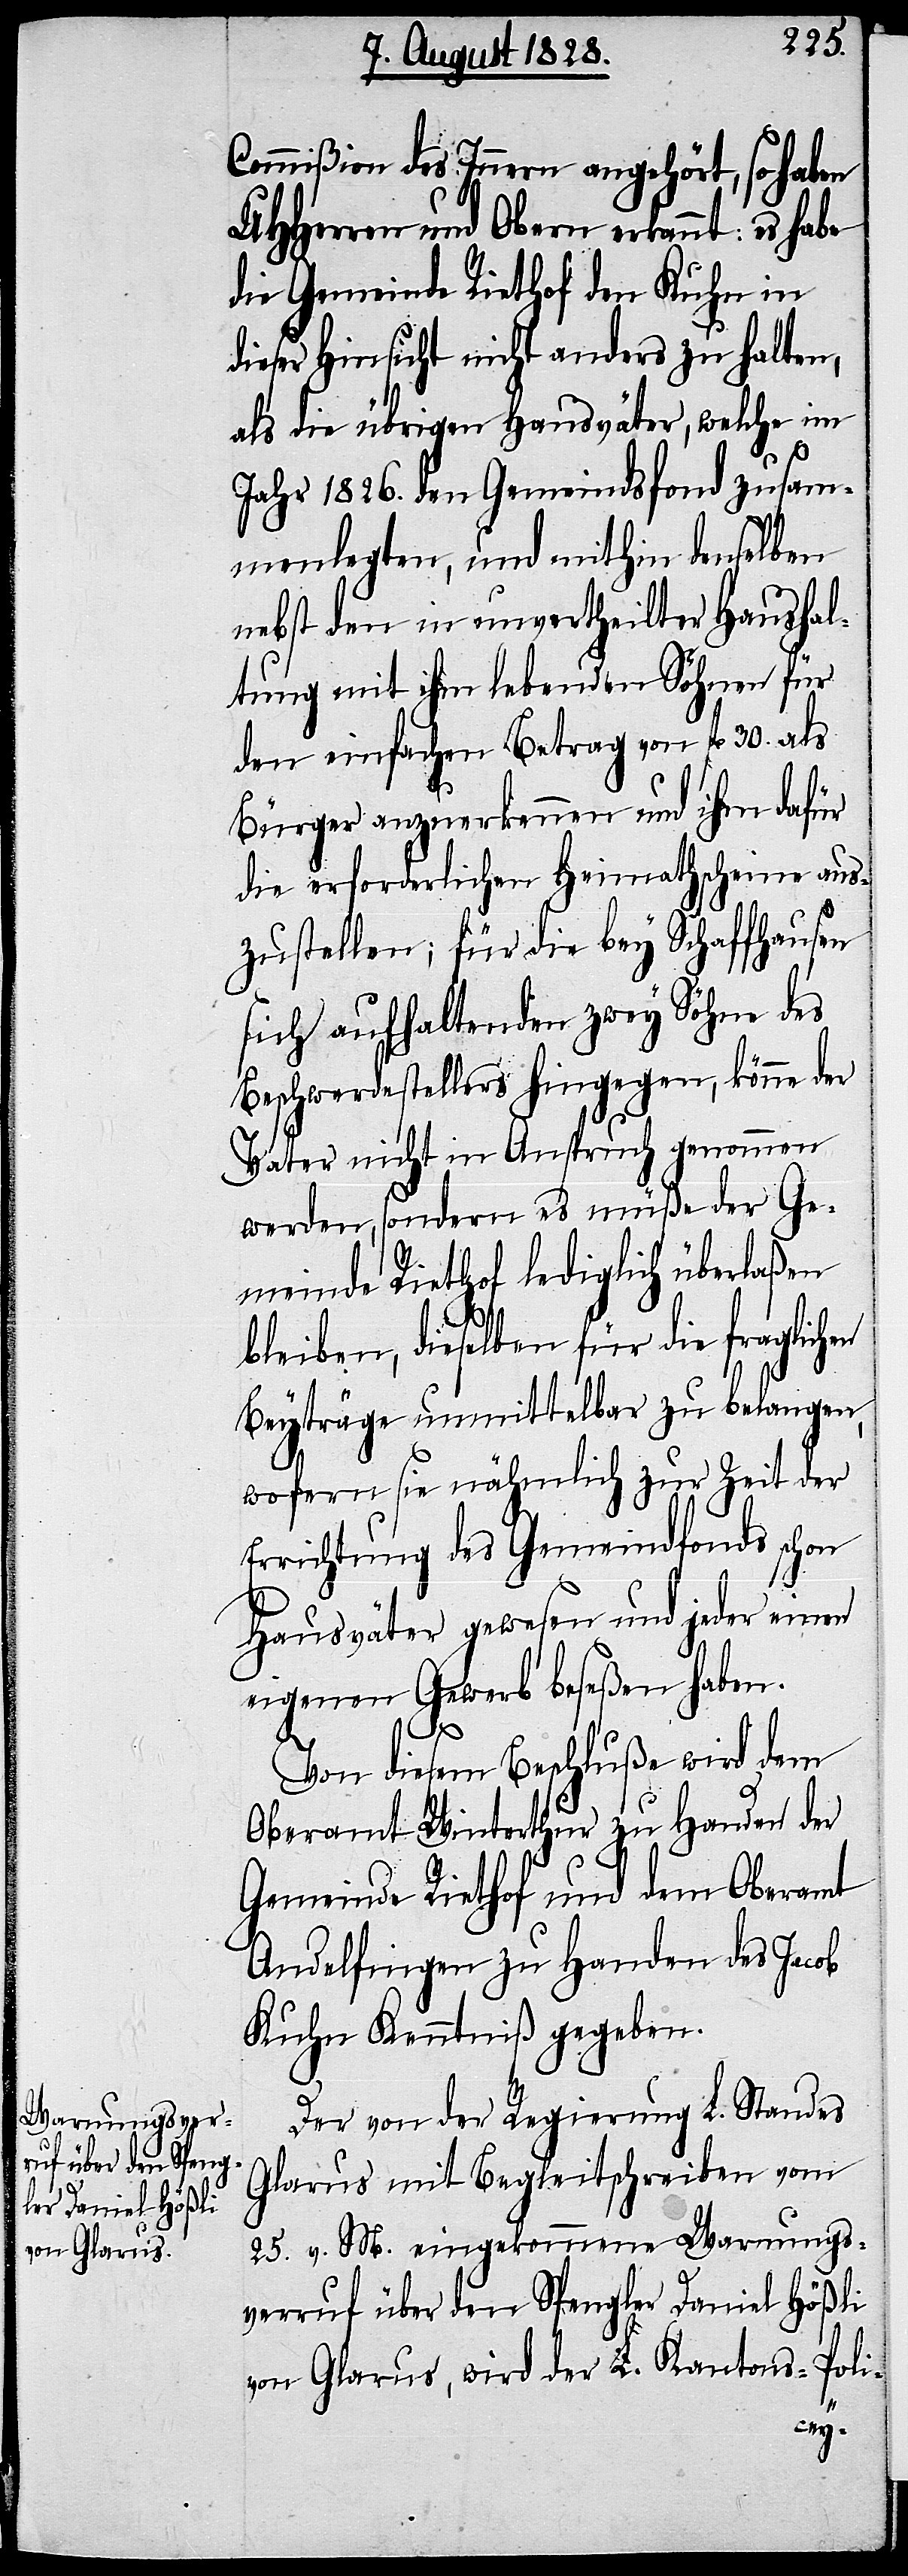
Commißion des Innern angehört, so haben
UHHerren und Obern erkannt: es habe
die Gemeinde Riethof den Kuhn in
dieser Hinsicht nicht anders zu halten,
als die übrigen Hausväter, welche im
Jahr 1826. den Gemeindsfond zusam¬
menlegten, und mithin denselben
nebst den in unvertheilter Haushal¬
tung mit ihm lebenden Söhnen für
den einfachen Betrag von fl. 30. als
Bürger anzuerkennen und ihm dafür
die erforderlichen Heimathscheine aus¬
zustellen; für die bey Schaffhausen
sich aufhaltenden zwey Söhne des
Beschwerdestellers hingegen, könne der
Vater nicht in Anspruch genommen
werden, sondern müße der Ge¬
meinde Riethof lediglich überlaßen
bleiben, dieselben für die fraglichen
Beyträge unmittelbar zu belangen,
wofern sie nähmlich zur Zeit der
Errichtung des Gemeindfonds schon
Hausväter gewesen und jeder einen
eigenen Gewerb beseßen haben.
Von diesem Beschluße wird dem
Oberamt Winterthur zu Handen der
Gemeinde Riethof und dem Oberamt
Andelfingen zu Handen des Jacob
Kuhn Kenntniß gegeben.
Der von der Regierung L. Standes
Glarus mit Begleitschreiben vom
25. v. M. eingekommene Warnungs¬
verruf über den Spengler Daniel Hößli
von Glarus, wird der L. Kantons-Poli-